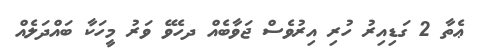
ޢެތާ 2 ގަޑިއިރު ހުރި އިރުވެސް ޖަވާބެއް ދހެވޭ ވަރު މީހަކާ ބައްދަލެއް